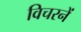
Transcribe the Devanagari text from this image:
विचरनें